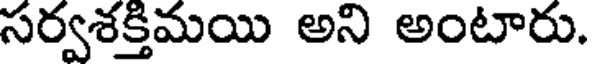
సర్వశక్తిమయి అని అంటారు.